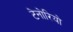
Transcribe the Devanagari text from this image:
टेनोरियो